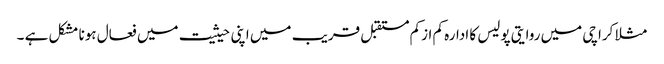
مثلا کراچی میں روایتی پولیس کا ادارہ کم ازکم مستقبل قریب میں اپنی حیثیت میں فعال ہونا مشکل ہے ۔